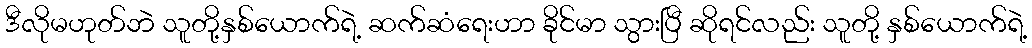
ဒီလိုမဟုတ်ဘဲ သူတို့နှစ်ယောက်ရဲ့ ဆက်ဆံရေးဟာ ခိုင်မာ သွားပြီ ဆိုရင်လည်း သူတို့ နှစ်ယောက်ရဲ့